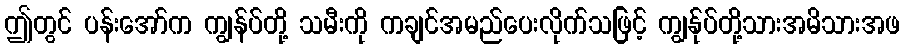
ဤတွင် ပန်းအော်က ကျွန်ပ်တို့ သမီးကို ကချင်အမည်ပေးလိုက်သဖြင့် ကျွန်ုပ်တို့သားအမိသားအဖ